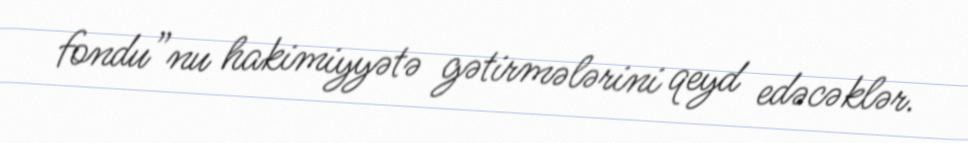
fondu”nu hakimiyyətə gətirmələrini qeyd edəcəklər.